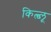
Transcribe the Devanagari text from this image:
कित्च्लू